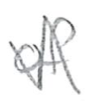
Text: of
Cross-out: zig-zag
Writing tool: pencil